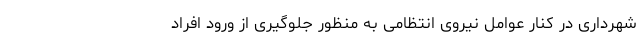
شهرداری در کنار عوامل نیروی انتظامی به منظور جلوگیری از ورود افراد